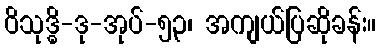
ဝိသုဒ္ဓိ-ဒု-အုပ်-၅၃၊ အကျယ်ပြဆိုခန်း။